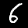
Digit: 6